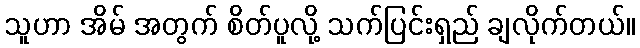
သူဟာ အိမ် အတွက် စိတ်ပူလို့ သက်ပြင်းရှည် ချလိုက်တယ်။